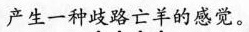
产生一种歧路亡羊的感觉。